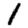
Digit: 1